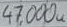
Text: 47,000u